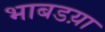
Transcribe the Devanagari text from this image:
भाबडय़ा